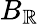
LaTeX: B_{\mathbb{R}}